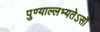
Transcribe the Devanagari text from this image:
पुण्याल्लभ्यतेऽसौ